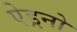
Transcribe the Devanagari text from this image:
ऐड्रनो